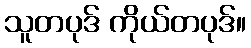
သူတပုဒ် ကိုယ်တပုဒ်။